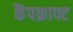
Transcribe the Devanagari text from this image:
कैंपक्राफ्ट